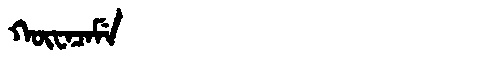
Manchu: ᡴᡡᠸᠠᠴᠠᠮᡝ
Romanization: KŪWACAME